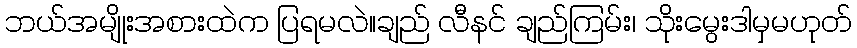
ဘယ်အမျိုးအစားထဲက ပြရမလဲ။ချည် လီနင် ချည်ကြမ်း၊ သိုးမွေးဒါမှမဟုတ်